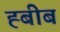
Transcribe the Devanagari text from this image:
ह्बीब